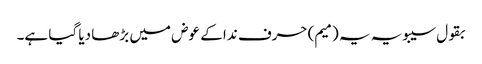
بقول سیبویہ یہ (میم) حرف ندا کے عوض میں بڑھا دیا گیا ہے۔